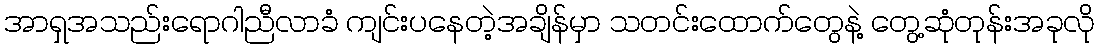
အာရှအသည်းရောဂါညီလာခံ ကျင်းပနေတဲ့အချိန်မှာ သတင်းထောက်တွေနဲ့ တွေ့ဆုံတုန်းအခုလို